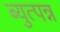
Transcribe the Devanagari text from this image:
ब्युत्पन्न